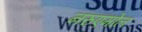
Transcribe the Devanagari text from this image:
नरुएमोल